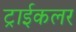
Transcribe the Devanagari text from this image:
ट्राईकलर